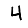
Digit: 4